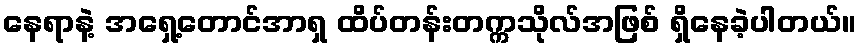
နေရာနဲ့ အရှေ့တောင်အာရှ ထိပ်တန်းတက္ကသိုလ်အဖြစ် ရှိနေခဲ့ပါတယ်။